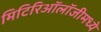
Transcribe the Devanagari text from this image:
मिटिरिऑलॉजीमध्ये